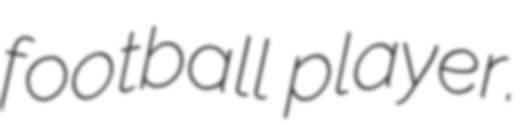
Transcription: football player.